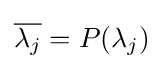
{\overline {\lambda _{j}}}=P(\lambda _{j})